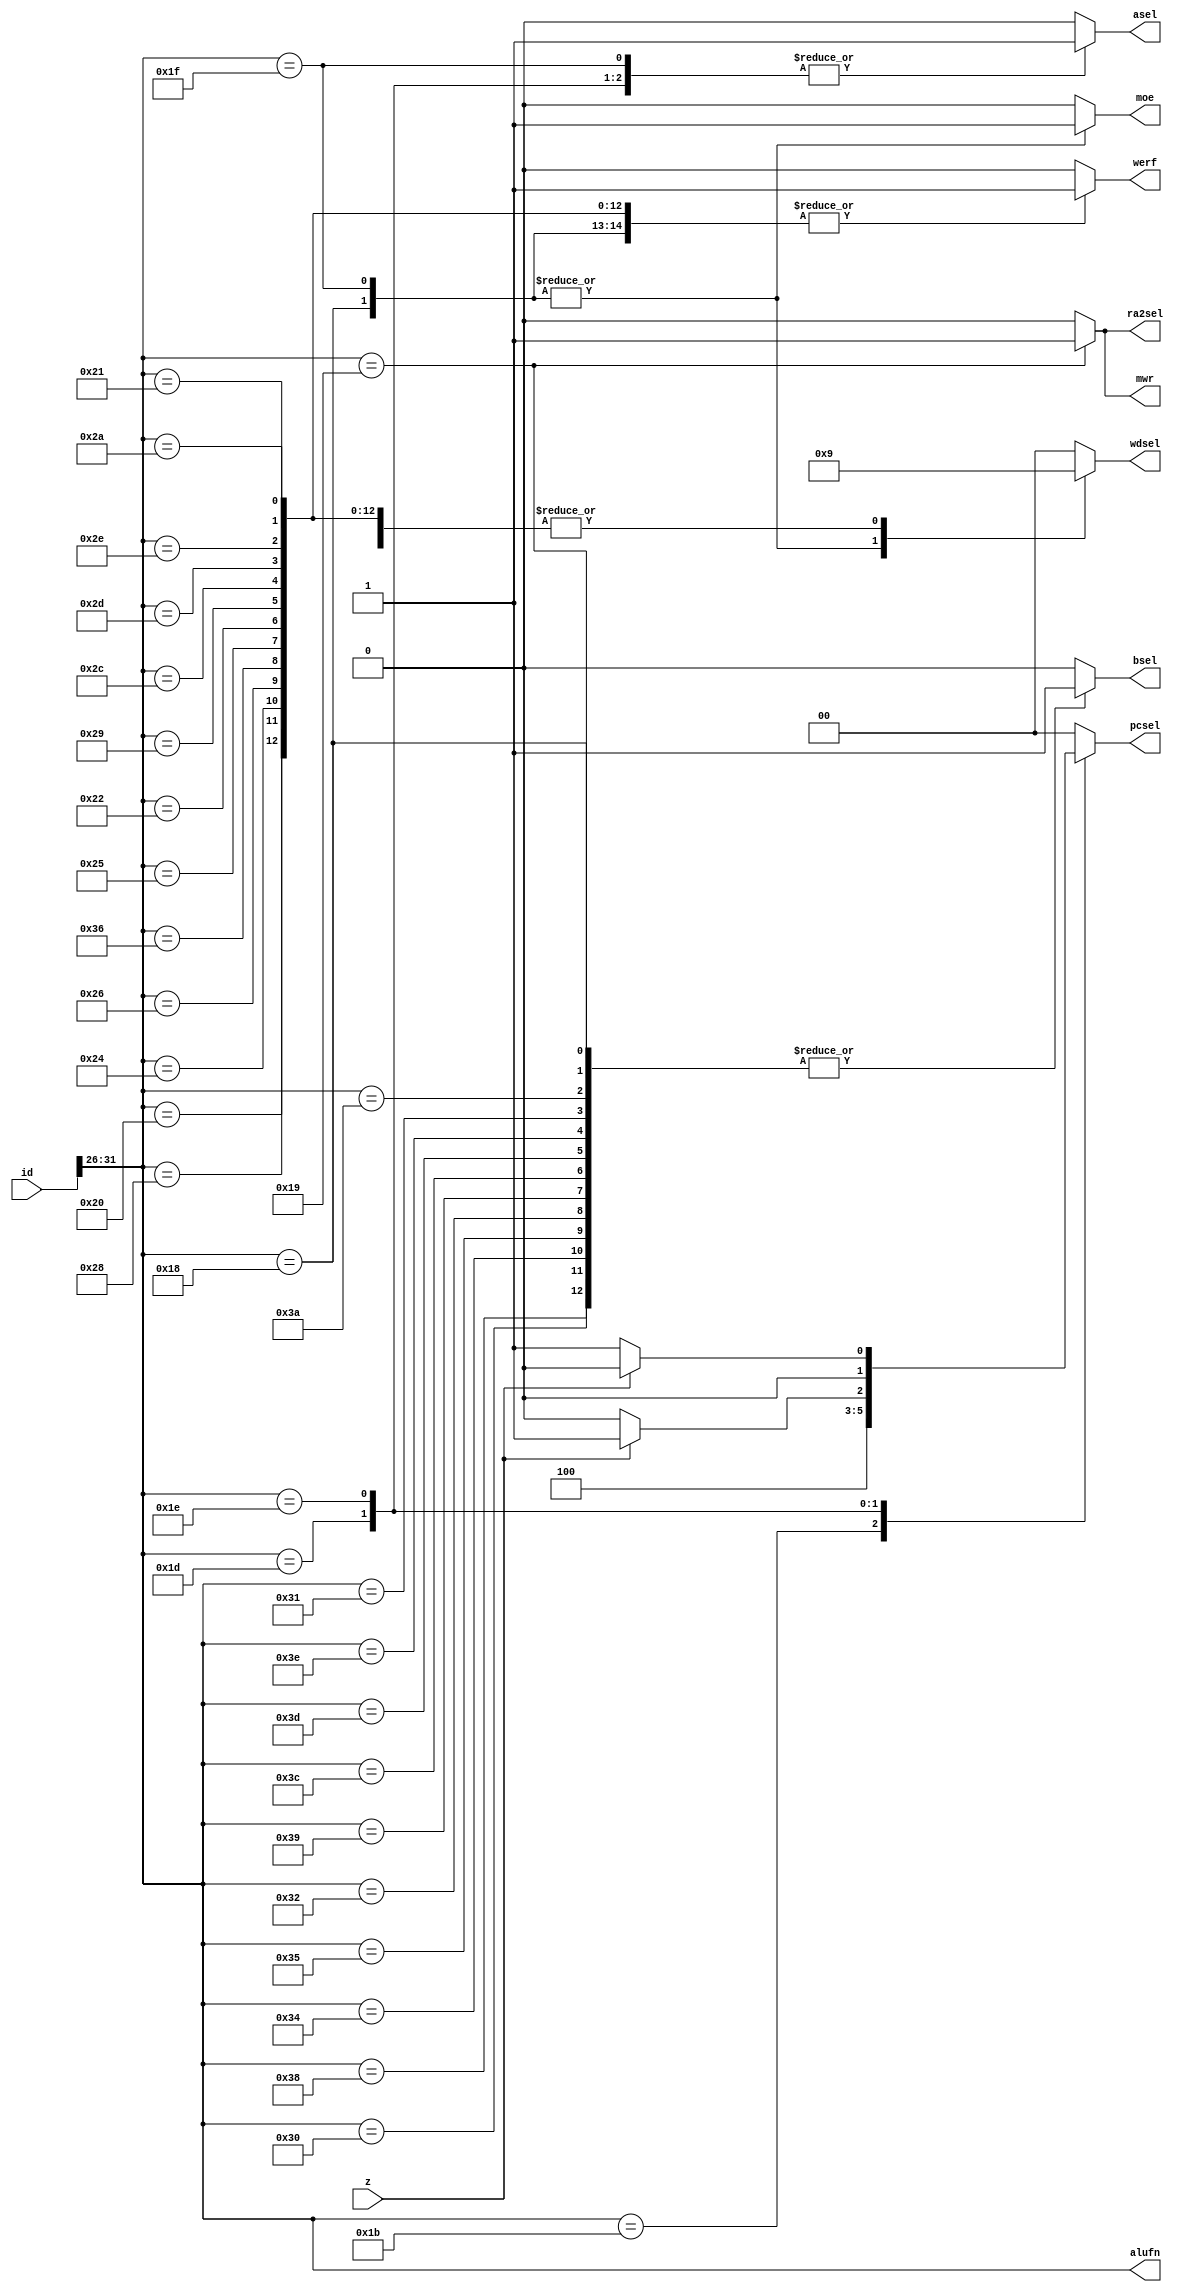
`timescale 1ns / 1ps



module control_logic(id,z,alufn,asel,bsel,moe,mwr,pcsel,ra2sel,wdsel,werf);
input [31:0] id; //instruction data
input z;
output reg [5:0] alufn;
output reg asel,bsel,moe,mwr,ra2sel,werf;
output reg [1:0] wdsel,pcsel;

always @ (id,z)
begin
$monitor("alufn %b",alufn);
alufn<=id[31:26];
case (id[31:26])
//add
6'b100000: begin asel<=1'b0; bsel<=1'b0;  ra2sel<=1'b0; pcsel=2'b0; moe<=1'b0; mwr<=1'b0; wdsel=2'b01; werf=1'b1; end 
//addc
6'b110000: begin asel<=1'b0; bsel<=1'b1;  ra2sel<=1'b0; pcsel=2'b00; moe<=1'b0; mwr<=1'b0; wdsel=2'b01; werf=1'b1; end
//and
6'b101000: begin asel<=1'b0; bsel<=1'b0;  ra2sel<=1'b0; pcsel=2'b00; moe<=1'b0; mwr<=1'b0; wdsel=2'b01; werf=1'b1; end 
//andc
6'b111000: begin asel<=1'b0; bsel<=1'b1;  ra2sel<=1'b0; pcsel=2'b00; moe<=1'b0; mwr<=1'b0; wdsel=2'b01; werf=1'b1; end 
//cmpeq
6'b100100: begin asel<=1'b0; bsel<=1'b0;  ra2sel<=1'b0; pcsel=2'b00; moe<=1'b0; mwr<=1'b0; wdsel=2'b01; werf=1'b1; end 
//cmpeqc
6'b110100: begin asel<=1'b0; bsel<=1'b1;  ra2sel<=1'b0; pcsel=2'b00; moe<=1'b0; mwr<=1'b0; wdsel=2'b01; werf=1'b1; end 
//cmple
6'b100110: begin asel<=1'b0; bsel<=1'b0;  ra2sel<=1'b0; pcsel=2'b00; moe<=1'b0; mwr<=1'b0; wdsel=2'b01; werf=1'b1; end 
//cmplec
6'b110110: begin asel<=1'b0; bsel<=1'b0;  ra2sel<=1'b0; pcsel=2'b00; moe<=1'b0; mwr<=1'b0; wdsel=2'b01; werf=1'b1; end 
//cmplt
6'b100101: begin asel<=1'b0; bsel<=1'b0;  ra2sel<=1'b0; pcsel=2'b00; moe<=1'b0; mwr<=1'b0; wdsel=2'b01; werf=1'b1; end 
//cmpltc
6'b110101: begin asel<=1'b0; bsel<=1'b1;  ra2sel<=1'b0; pcsel=2'b00; moe<=1'b0; mwr<=1'b0; wdsel=2'b01; werf=1'b1; end 
//ld
6'b011000: begin asel<=1'b0; bsel<=1'b1;  ra2sel<=1'b0; pcsel=2'b00; moe<=1'b1; mwr<=1'b0; wdsel=2'b10; werf=1'b1; end
//ldr
6'b011111: begin asel<=1'b1; bsel<=1'b0;  ra2sel<=1'b0; pcsel=2'b00; moe<=1'b1; mwr<=1'b0; wdsel=2'b10; werf=1'b1; end
//mul
6'b100010: begin asel<=1'b0; bsel<=1'b0;  ra2sel<=1'b0; pcsel=2'b00; moe<=1'b0; mwr<=1'b0; wdsel=2'b01; werf=1'b1; end
//mulc
6'b110010: begin asel<=1'b0; bsel<=1'b1;  ra2sel<=1'b0; pcsel=2'b00; moe<=1'b0; mwr<=1'b0; wdsel=2'b01; werf=1'b1; end
//or
6'b101001: begin asel<=1'b0; bsel<=1'b0;  ra2sel<=1'b0; pcsel=2'b00; moe<=1'b0; mwr<=1'b0; wdsel=2'b01; werf=1'b1; end
//orc
6'b111001: begin asel<=1'b0; bsel<=1'b1;  ra2sel<=1'b0; pcsel=2'b00; moe<=1'b0; mwr<=1'b0; wdsel=2'b01; werf=1'b1; end
//shl
6'b101100: begin asel<=1'b0; bsel<=1'b0;  ra2sel<=1'b0; pcsel=2'b00; moe<=1'b0; mwr<=1'b0; wdsel=2'b01; werf=1'b1; end
//shlc
6'b111100: begin asel<=1'b0; bsel<=1'b1;  ra2sel<=1'b0; pcsel=2'b00; moe<=1'b0; mwr<=1'b0; wdsel=2'b01; werf=1'b1; end
//shr
6'b101101: begin asel<=1'b0; bsel<=1'b0;  ra2sel<=1'b0; pcsel=2'b00; moe<=1'b0; mwr<=1'b0; wdsel=2'b01; werf=1'b1; end
//shrc
6'b111101: begin asel<=1'b0; bsel<=1'b1;  ra2sel<=1'b0; pcsel=2'b00; moe<=1'b0; mwr<=1'b0; wdsel=2'b01; werf=1'b1; end
//sra
6'b101110: begin asel<=1'b0; bsel<=1'b0;  ra2sel<=1'b0; pcsel=2'b00; moe<=1'b0; mwr<=1'b0; wdsel=2'b01; werf=1'b1; end
//srac
6'b111110: begin asel<=1'b0; bsel<=1'b1;  ra2sel<=1'b0; pcsel=2'b00; moe<=1'b0; mwr<=1'b0; wdsel=2'b01; werf=1'b1; end
//st
6'b011001: begin asel<=1'b0; bsel<=1'b1;  ra2sel<=1'b1; pcsel=2'b00; moe<=1'b0; mwr<=1'b1; wdsel=2'b00; werf=1'b0; end
//sub
6'b100001: begin asel<=1'b0; bsel<=1'b0;  ra2sel<=1'b0; pcsel=2'b00; moe<=1'b0; mwr<=1'b0; wdsel=2'b01; werf=1'b1; end
//subc
6'b110001: begin asel<=1'b0; bsel<=1'b1;  ra2sel<=1'b0; pcsel=2'b00; moe<=1'b0; mwr<=1'b0; wdsel=2'b01; werf=1'b1; end
//xor
6'b101010: begin asel<=1'b0; bsel<=1'b0;  ra2sel<=1'b0; pcsel=2'b00; moe<=1'b0; mwr<=1'b0; wdsel=2'b01; werf=1'b1; end
//xorc
6'b111010: begin asel<=1'b0; bsel<=1'b1;  ra2sel<=1'b0; pcsel=2'b00; moe<=1'b0; mwr<=1'b0; wdsel=2'b01; werf=1'b1; end
//jmp
6'b011011: begin asel<=1'b0; bsel<=1'b0;  ra2sel<=1'b0; pcsel=2'b10; moe<=1'b0; mwr<=1'b0; wdsel=2'b00; werf=1'b1; end
//beq
6'b011101: begin asel<=1'b1; bsel<=1'b0; ra2sel<=1'b0; if(z) pcsel=2'b01; else pcsel=2'b00; moe<=1'b0; mwr<=1'b0; wdsel=2'b00; werf=1'b1; end
//bne
6'b011110: begin asel<=1'b1; bsel<=1'b0; ra2sel<=1'b0; if(z) pcsel=2'b00; else pcsel=2'b01; moe<=1'b0; mwr<=1'b0; wdsel=2'b00; werf=1'b1; end 

// default case like reset
default: begin asel<=1'b0; bsel<=1'b0;  ra2sel<=1'b0; pcsel=2'b00; moe<=1'b0; mwr<=1'b0; wdsel=2'b00; werf=1'b0; end
endcase



end
endmodule